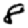
Digit: 8